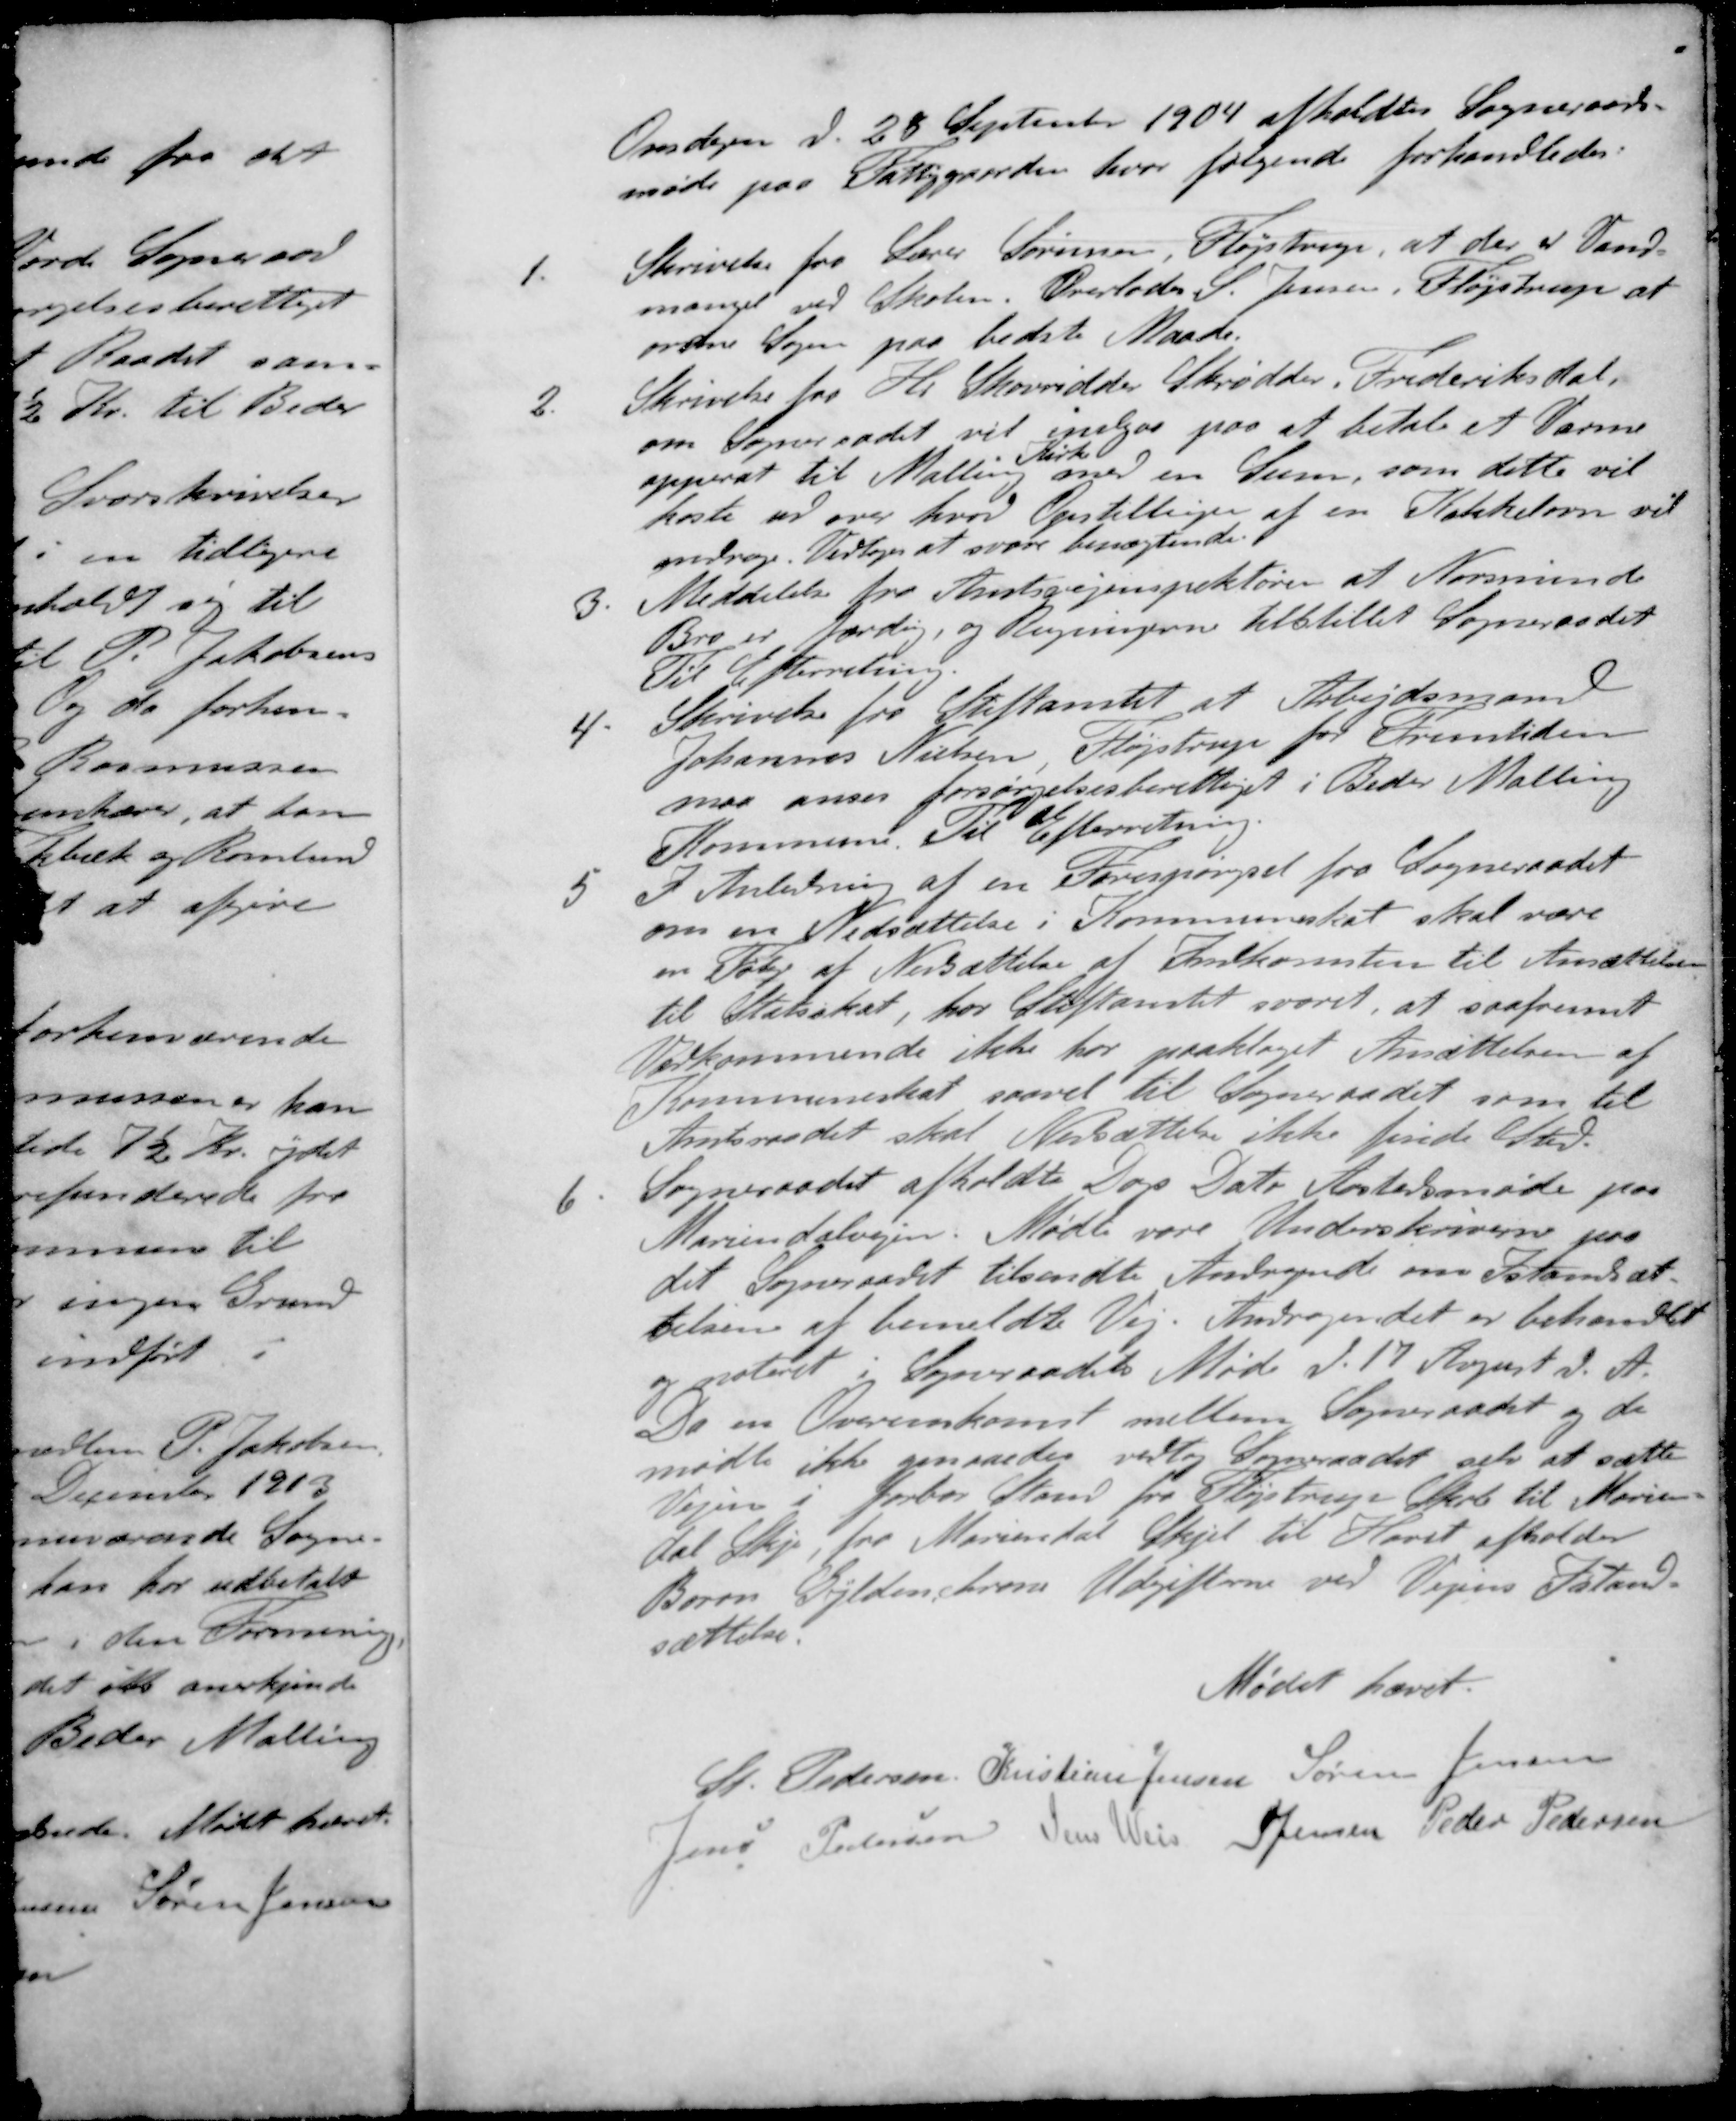
Transskription:
Onsdagen d. 28 September 1904 afholdtes Sogneraads-
møde paa Fattiggaarden, hvor følgende forhandledes:
1. Skrivelse fra Lærer Sørensen, Fløjstrup, at der i Vand-
mangel ved Skolen. Overlodes S. Jensen, Fløjstrup at
ordne Sagen paa bedste Maade.
2. Skrivelse fra Hr. Skovridder Skrødder, Frederiksdal.
om Sogneraadet vil indgaa paa at betale et Varme-
Kirke
apperat til Malling med en Sum, som dette vil
koste ud over hvor Opstillinger af en Kakkelovn vil
andrage. Vedtoges at svare benægtende
3. Meddelelse fra Amtsvejinspektøren at Norsminde
Bro er færdig, og Regningerne tilstillet Sogneraadet
Til Efterretning.
4. Skrivelse fra Stiftamtet at Arbejdsmand
Johannes Nielsen Fløjstrup for Fremtiden
maa anses forsørgelsesberettiget i Beder Malling
Kommune. Til Efterretning.
5 I Anledning af en Forespørgsel fra Sogneraadet
om en Nedsættelse i Kommuneskat skal være
en Følge at Nedsættelse af Indkomsten til Ansættelsen
til Statsskat, har Stiftamtet svaret, at saafremt
Vedkommende ikke har paaklaget Ansættelsen af
Kommuneskat saavel til Sogneraadet som til
Amtsraadet skal Nedsættelse ikke finde Sted
6. Sogneraadet afholdte Dags Dato Aastedsmøde paa
Mariendalvejen. Mødte vare Underskriverne paa
det Sogneraadet tilsendte Andragende om Istandsæt-
telsen at bemeldte Vej. Andragen det er behandlet
og noteret i Sogneraadets Møde d. 17 August d. A.
Da en Overenskomst mellem Sogneraadet og de
mødte ikke opnaaedes vedtog Sogneraadet selv at sætte
Vejen i farbar Stand fra Fløjstrup Skole til Marien-
dal Skjel, fra Mariental Skjel til Havet afholder
Boron Gildenkrone Udgifterne ved Vejens Istand-
sættelse:
Mødet hævet.
St Pedersen
Kristian Jensen
Søren Jensen
Jens Pedersen
Jens Weis
S Jensen
Peder Pedersen